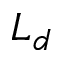
L _ { d }